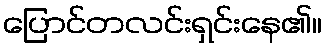
ပြောင်တလင်းရှင်းနေ၏။